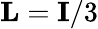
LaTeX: {\mathbf L}={\mathbf I}/3